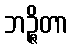
ဘဉ္ဇိတာ